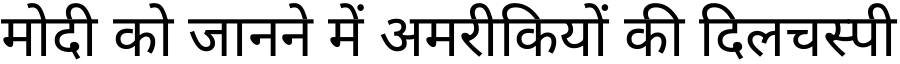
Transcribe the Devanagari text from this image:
मोदी को जानने में अमरीकियों की दिलचस्पी